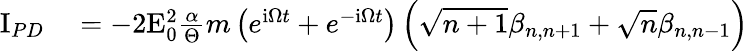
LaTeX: \begin{array}{rl}{\mathrm{I}_{PD}}&{{}=-2\mathrm{E}_{0}^{2}\frac{\alpha}{\Theta}m\left(e^{\mathrm{i}\Omega t}+e^{-\mathrm{i}\Omega t}\right)\left(\sqrt{n+1}\beta_{n,n+1}+\sqrt{n}\beta_{n,n-1}\right)}\end{array}